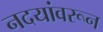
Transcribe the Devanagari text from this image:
नदयांवरून